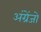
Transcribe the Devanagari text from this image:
अंग्रेंजो